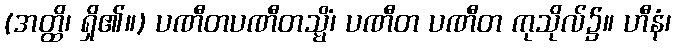
(အတ္ထိ၊ ရှိ၏။) ပဏီတပဏီတသ္မိံ၊ ပဏီတ ပဏီတ ကုသိုလ်၌။ ဟီနံ၊